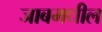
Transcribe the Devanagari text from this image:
जाबमधील